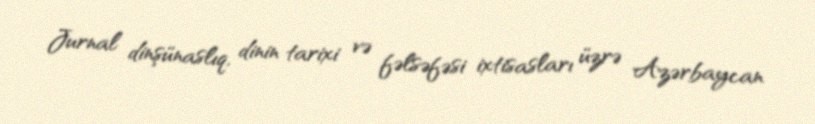
Jurnal dinşünaslıq, dinin tarixi və fəlsəfəsi ixtisasları üzrə Azərbaycan